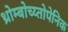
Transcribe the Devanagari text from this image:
थ्रोम्बोच्य्तोपेनिक